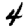
Digit: 4